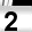
Digit: 2